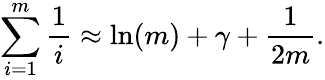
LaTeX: \sum_{i=1}^{m}{\frac{1}{i}}\approx\ln(m)+\gamma+{\frac{1}{2m}}.